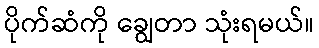
ပိုက်ဆံကို ချွေတာ သုံးရမယ်။